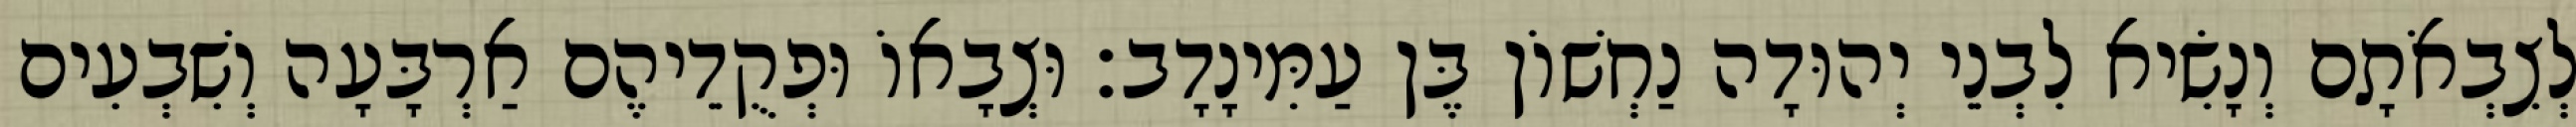
לְצִבְאֹתָם וְנָשִׂיא לִבְנֵי יְהוּדָה נַחְשׁוֹן בֶּן עַמִּינָדָב׃ וּצְבָאוֹ וּפְקֻדֵיהֶם אַרְבָּעָה וְשִׁבְעִים